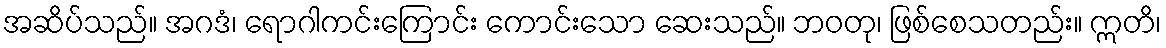
အဆိပ်သည်။ အဂဒံ၊ ရောဂါကင်းကြောင်း ကောင်းသော ဆေးသည်။ ဘဝတု၊ ဖြစ်စေသတည်း။ ဣတိ၊